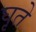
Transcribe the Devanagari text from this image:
घृते